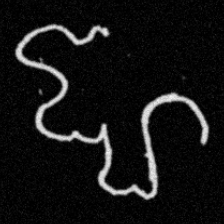
Pyu character \u2014 Myanmar letter: ဈ (romanized: jha)